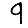
Digit: 9